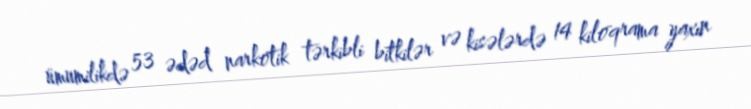
ümumilikdə 53 ədəd narkotik tərkibli bitkilər və kisələrdə 14 kiloqrama yaxın